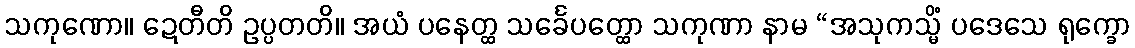
သကုဏော။ ဍေတီတိ ဥပ္ပတတိ။ အယံ ပနေတ္ထ သင်္ခေပတ္ထော သကုဏာ နာမ “အသုကသ္မိံ ပဒေသေ ရုက္ခော